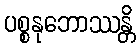
ပစ္စနုဘောဿန္တိ